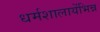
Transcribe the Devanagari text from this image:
धर्मशालायेंभिन्न